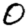
Digit: 0